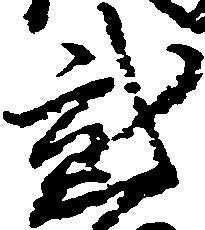
弐